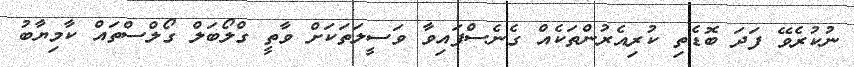
ނުކުރެވޭ ފަދަ ބޮޑެތި ކުރިއެރުންތަކެއް ގެނެސްފައިވާ ވަސީލަތަކަށް ވާތީ ގްލޯބަލް ގޯލްސްތައް ކާމިޔާބު